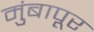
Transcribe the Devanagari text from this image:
मुंबापूर